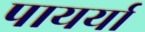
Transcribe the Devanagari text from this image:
पायर्या